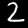
Digit: 2